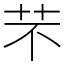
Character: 芣